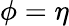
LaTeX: \phi=\eta